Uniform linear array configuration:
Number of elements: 4
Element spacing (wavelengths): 0.25
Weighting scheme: cosine
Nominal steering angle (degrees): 60
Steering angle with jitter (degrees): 59.386
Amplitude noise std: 0.05
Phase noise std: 0.05

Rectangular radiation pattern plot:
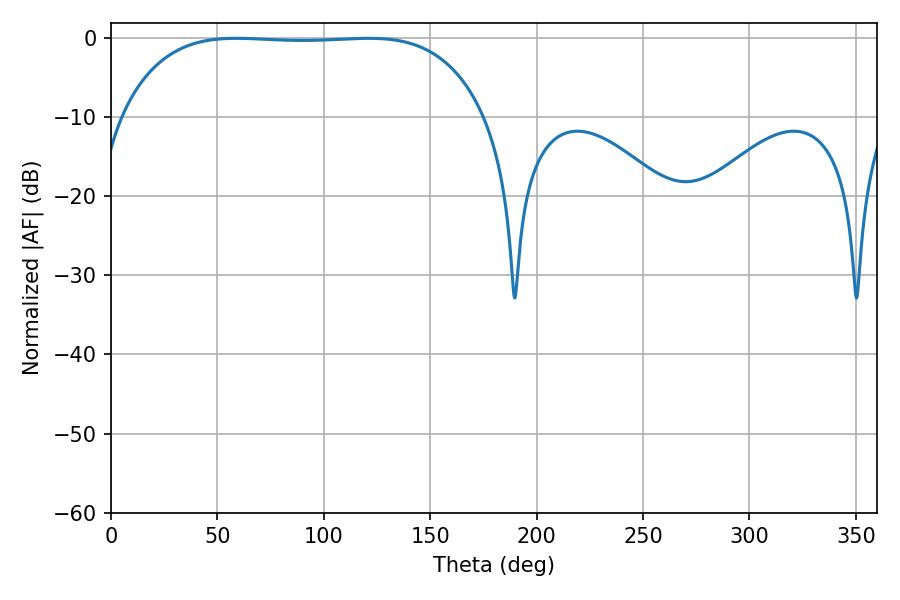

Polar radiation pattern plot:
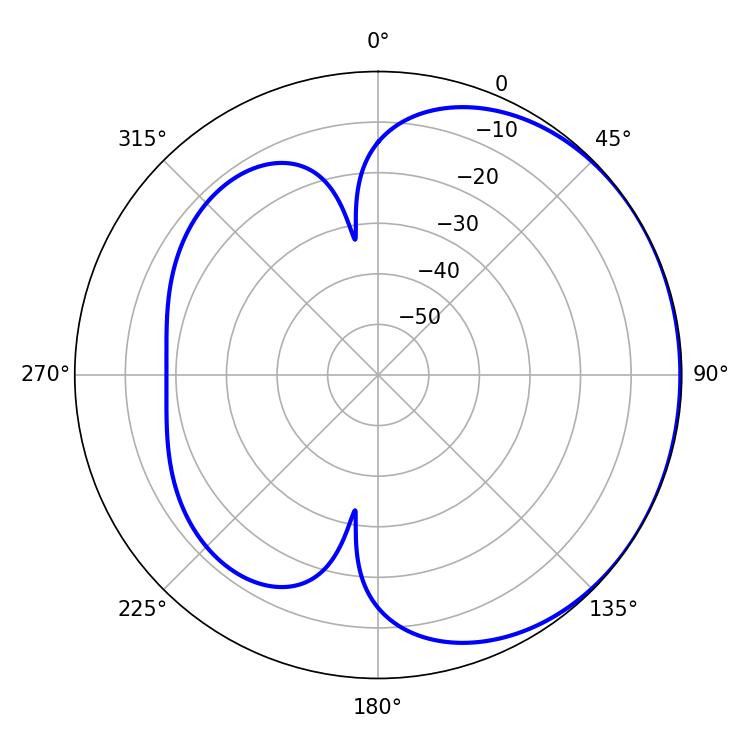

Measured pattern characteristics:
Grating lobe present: FALSE
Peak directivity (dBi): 0.7607
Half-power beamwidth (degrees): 133.92
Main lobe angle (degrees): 121.14